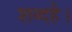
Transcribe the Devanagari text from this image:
शब्दहै।